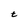
Character: t